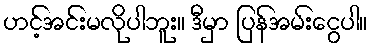
ဟင့်အင်းမလိုပါဘူး။ ဒီမှာ ပြန်အမ်းငွေပါ။